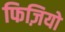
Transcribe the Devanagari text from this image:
फिज़ियो